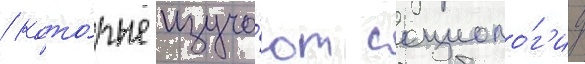
/ кото́рые изуча́ют социоло́г'иу